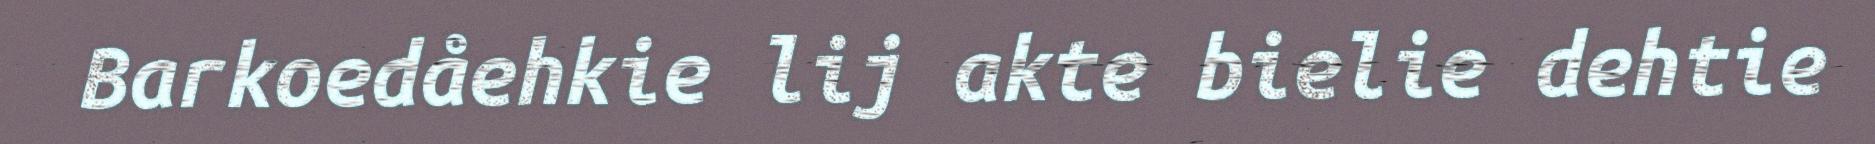
Barkoedåehkie lij akte bielie dehtie